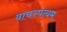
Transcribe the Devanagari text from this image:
वाचस्पत्यम